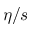
\eta / s